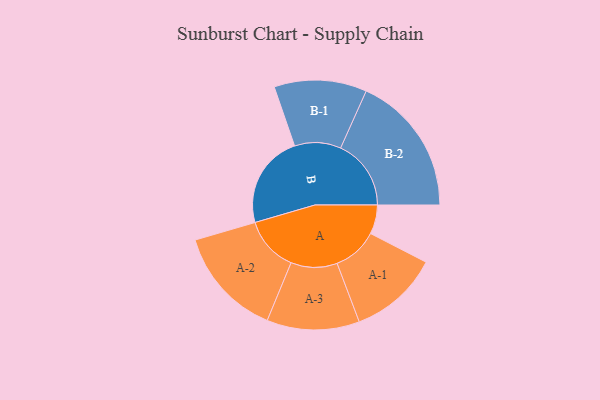
{"axis": {"x": "Segment", "y": "Value"}, "legend": ["", "A", "B"], "data": [{"x": "A", "y": 112, "type": ""}, {"x": "B", "y": 359, "type": ""}, {"x": "A-1", "y": 173, "type": "A"}, {"x": "A-2", "y": 211, "type": "A"}, {"x": "A-3", "y": 178, "type": "A"}, {"x": "B-1", "y": 178, "type": "B"}, {"x": "B-2", "y": 271, "type": "B"}]}